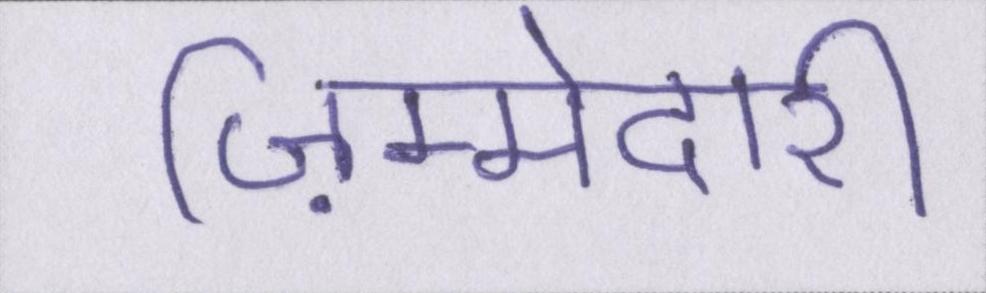
ज़िम्मेदारी